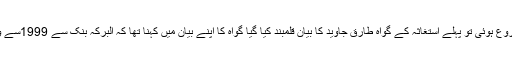
سماعت شروع ہوئی تو پہلے استغاثہ کے گواہ طارق جاوید کا بیان قلمبند کیا گیا گواہ کا اپنے بیان میں کہنا تھا کہ البرکہ بنک سے 1999سے وابستہ ہوں۔